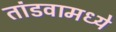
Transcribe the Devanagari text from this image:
तांडवामध्ये